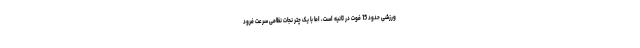
ورزشی حدود 15 فوت در ثانیه است، اما با یک چتر نجات نظامی سرعت فرود